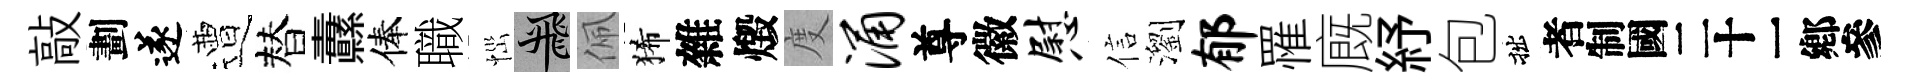
敲劃遂遭替纛俸職𢙉飛佩狶雜燬度涌尊徽慰信瀏郁罹廐紓包拙识